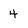
Character: 4